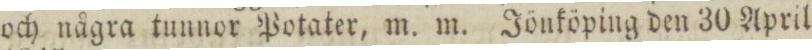
och några tunnor Potater, m. m. Jönköping den 30 April